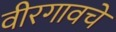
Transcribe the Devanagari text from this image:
वीरगावचे